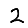
Digit: 2